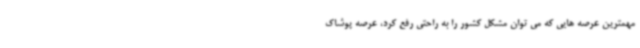
مهمترین عرصه هایی که می توان مشکل کشور را به راحتی رفع کرد، عرصه پوشاک